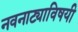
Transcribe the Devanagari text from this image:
नवनाट्याविषयी